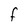
Character: F